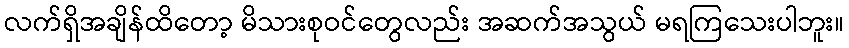
လက်ရှိအချိန်ထိတော့ မိသားစုဝင်တွေလည်း အဆက်အသွယ် မရကြသေးပါဘူး။